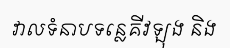
វាលទំនាបទន្លេគីវឡុង និង